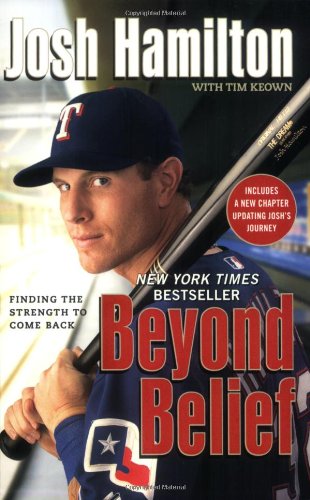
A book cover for Beyond Belief: Finding the Strength to Come Back; Josh Hamilton; Biographies & Memoirs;